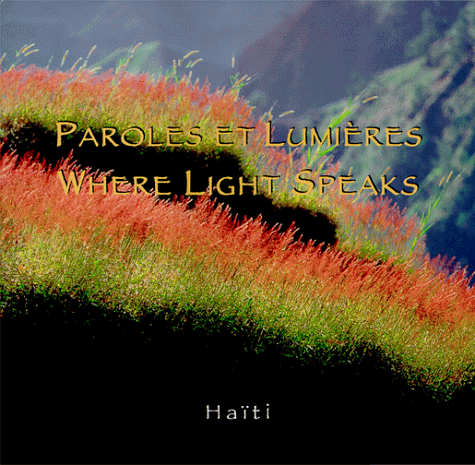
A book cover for Paroles et Lumieres-Where Light Speaks: Haiti (English and French Edition); Hiebert; Travel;